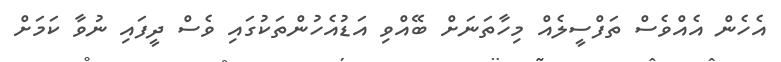
އެހެން އެއްވެސް ތަފްސީލެއް މިހާތަނަށް ބޭއްވި އަޑުއެހުންތަކުގައި ވެސް ދީފައި ނުވާ ކަމަށް